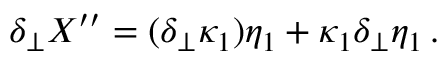
\delta _ { \perp } X ^ { \prime \prime } = ( \delta _ { \perp } \kappa _ { 1 } ) \eta _ { 1 } + \kappa _ { 1 } \delta _ { \perp } \eta _ { 1 } \, .